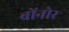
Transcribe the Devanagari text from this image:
बोंनोर